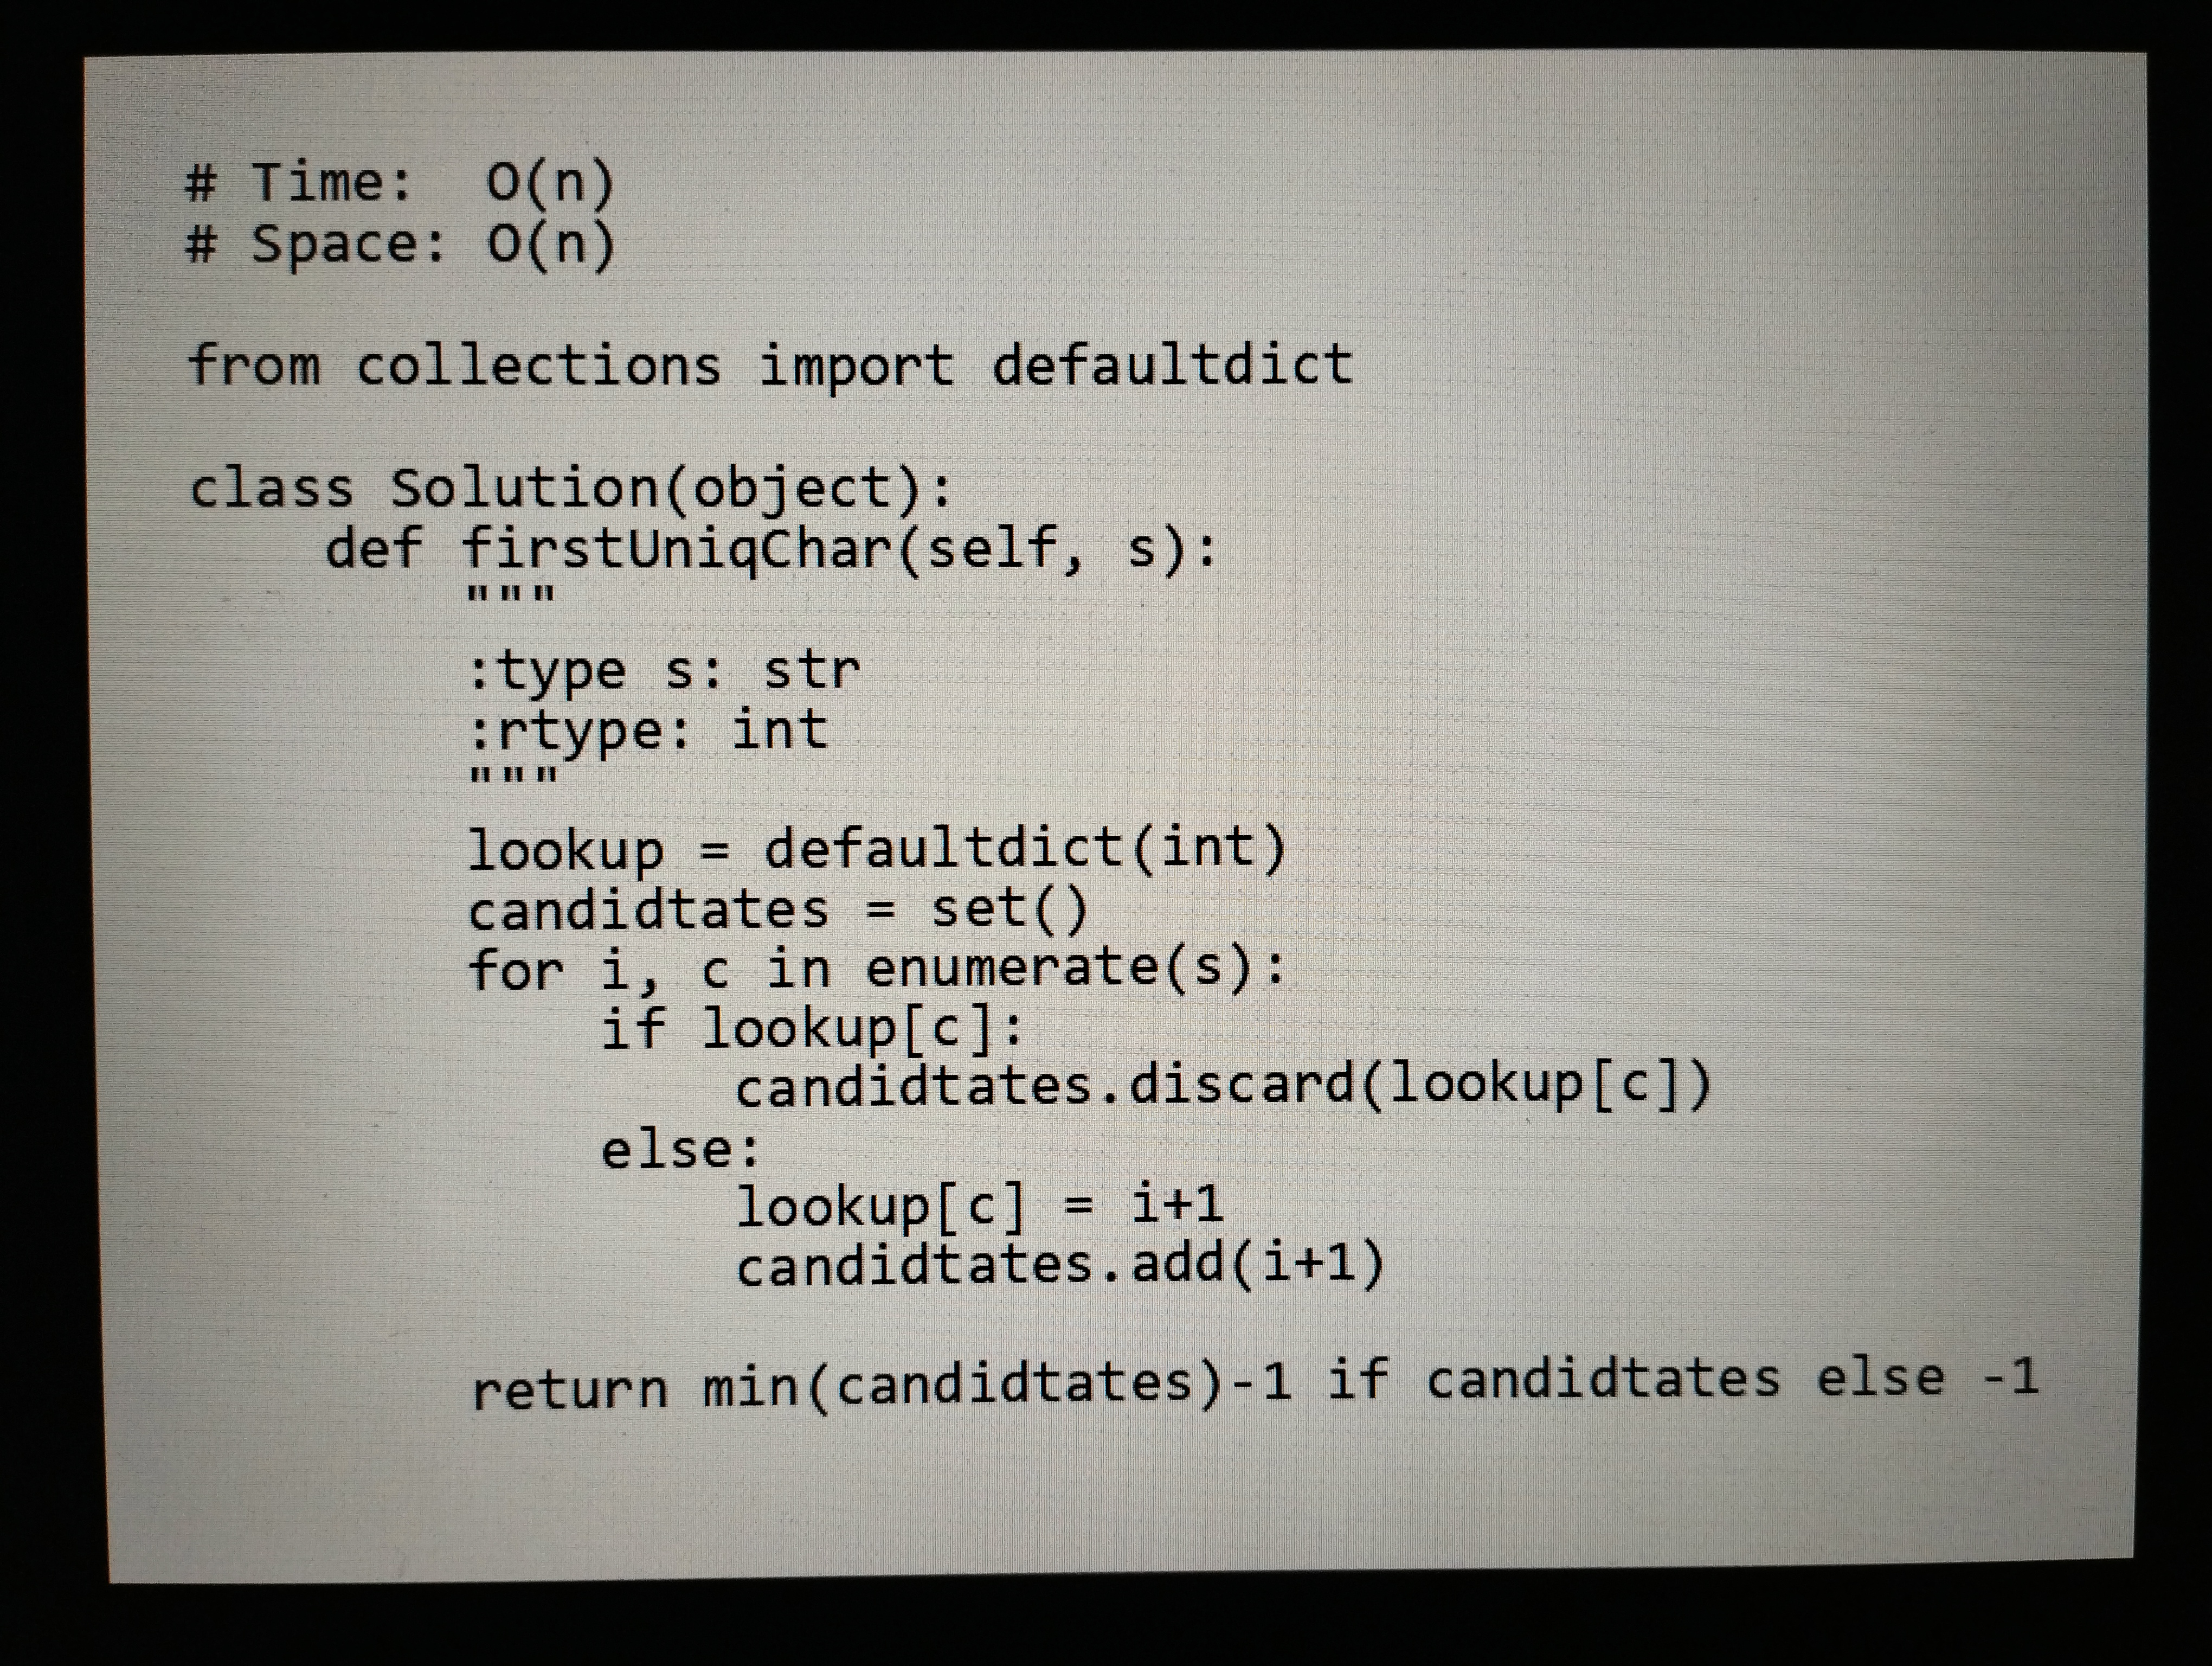
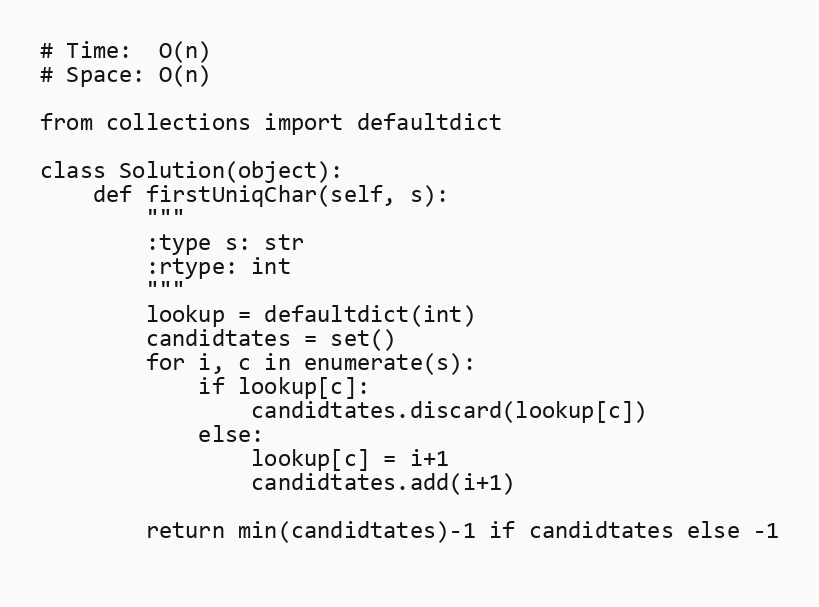
# Time:  O(n)
# Space: O(n)

from collections import defaultdict

class Solution(object):
    def firstUniqChar(self, s):
        """
        :type s: str
        :rtype: int
        """
        lookup = defaultdict(int)
        candidtates = set()
        for i, c in enumerate(s):
            if lookup[c]:
                candidtates.discard(lookup[c])
            else:
                lookup[c] = i+1
                candidtates.add(i+1)

        return min(candidtates)-1 if candidtates else -1